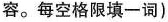
容。每空格限填一词)